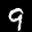
Label: 9